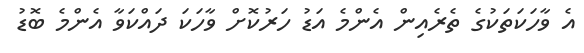
އެ ވާހަކަތަކުގެ ތެރެއިން އެންމެ އަޑު ހަރުކޮށް ވާހަކަ ދައްކަވާ އެންމެ ބޮޑު